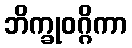
ဘိက္ခုဝဂ္ဂိကာ